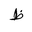
Letter: _za